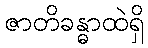
ဇာတိခန္ဓာထဲရှိ